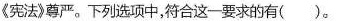
《宪法》尊严。下列选项中，符合这一要求的有()。